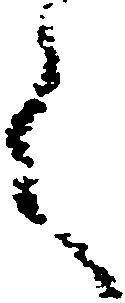
言